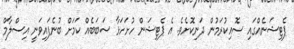
ޕެޓިޝަނެއްގައި ސޮއިކުރަމުން ދަނިކޮށެވެ. އެ ޕެޓިޝަން ހުށަހަޅާ ސަބަބެއް ކަމަށް ބުނެފައިވަނީ އިސްލާމް